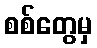
စစ်တွေမှ